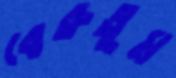
বেরুতুম